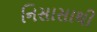
નિસાસાથી